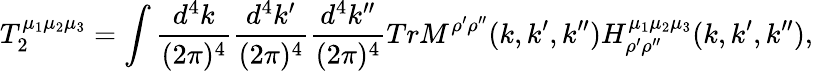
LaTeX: T_{2}^{\mu_{1}\mu_{2}\mu_{3}}=\int\frac{d^{4}k}{(2\pi)^{4}}\frac{d^{4}k^{\prime}}{(2\pi)^{4}}\frac{d^{4}k^{\prime\prime}}{(2\pi)^{4}}TrM^{\rho^{\prime}\rho^{\prime\prime}}(k,k^{\prime},k^{\prime\prime})H_{\rho^{\prime}\rho^{\prime\prime}}^{\mu_{1}\mu_{2}\mu_{3}}(k,k^{\prime},k^{\prime\prime}),